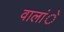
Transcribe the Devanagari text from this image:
वालांे